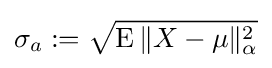
\sigma _{a}:={\sqrt {\operatorname {E} \|X-\mu \|_{\alpha }^{2}}}